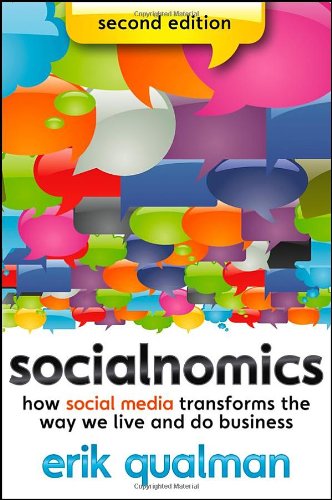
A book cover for Socialnomics: How Social Media Transforms the Way We Live and Do Business; Erik Qualman; Computers & Technology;